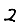
Digit: 2